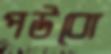
পউবো